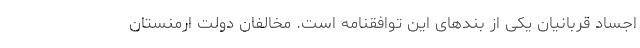
اجساد قربانیان یکی از بندهای این توافقنامه است. مخالفان دولت ارمنستان